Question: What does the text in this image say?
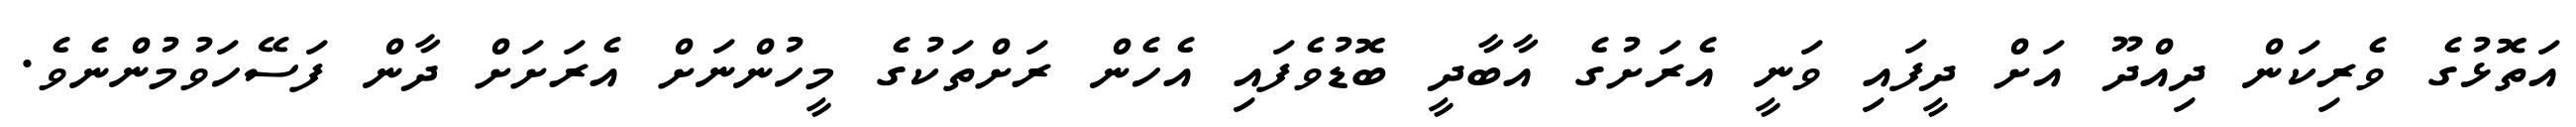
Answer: އަތޮޅުގެ ވެރިކަން ދިއްދޫ އަށް ދީފައި ވަނީ އެރަށުގެ އާބާދީ ބޮޑުވެފައި އެހެން ރަށްތަކުގެ މީހުންނަށް އެރަށަށް ދާން ފަސޭހަވުމުންނެވެ.